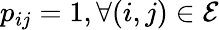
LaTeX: p_{ij}=1,\forall(i,j)\in\mathcal{E}